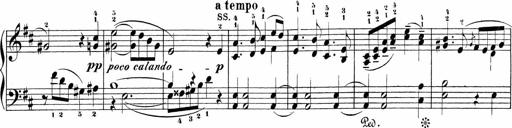
Title: Sonatinas
Composer: Andrew Violette